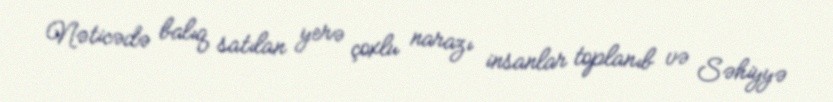
Nəticədə balıq satılan yerə çoxlu narazı insanlar toplanıb və Səhiyyə